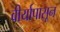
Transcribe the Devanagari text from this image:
वीर्यापासून